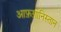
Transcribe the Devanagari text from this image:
आफ़ग़ानिस्तान